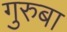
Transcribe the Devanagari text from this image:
गुरुबा